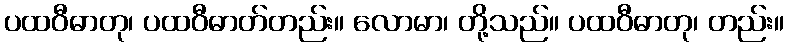
ပထဝီဓာတု၊ ပထဝီဓာတ်တည်း။ လောမာ၊ တို့သည်။ ပထဝီဓာတု၊ တည်း။